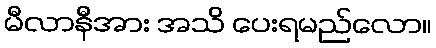
မီလာနီအား အသိ ပေးရမည်လော။